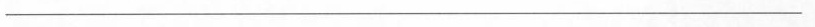
___